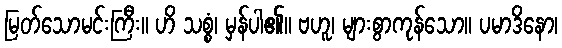
မြတ်သောမင်းကြီး။ ဟိ သစ္စံ၊ မှန်ပါ၏။ ဗဟူ၊ များစွာကုန်သော။ ပမာဒိနော၊